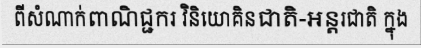
ពីសំណាក់ពាណិជ្ជករ វិនិយោគិនជាតិ-អន្តរជាតិ ក្នុង